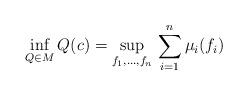
LaTeX: \begin{gather*}\inf_{Q\in M}Q(c)=\sup_{f_1,\ldots,f_n}\,\sum_{i=1}^n\mu_i(f_i)\end{gather*}